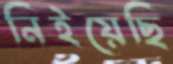
নিইয়েছি